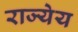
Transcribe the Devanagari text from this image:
राज्येय